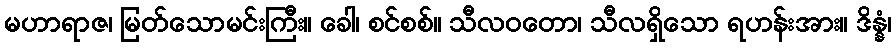
မဟာရာဇ၊ မြတ်သောမင်းကြီး။ ခေါ၊ စင်စစ်။ သီလဝတော၊ သီလရှိသော ရဟန်းအား။ ဒိန္နံ၊